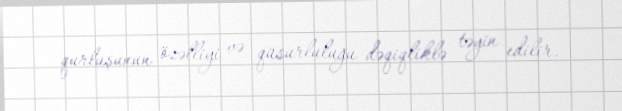
qurluşunun özəlliyi və qüsurluluğu dəqiqliklə təyin edilir.